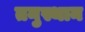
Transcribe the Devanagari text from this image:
तनुस्थान